Medical and sanitary report on the native army of Bombay for the year
Year: 1878
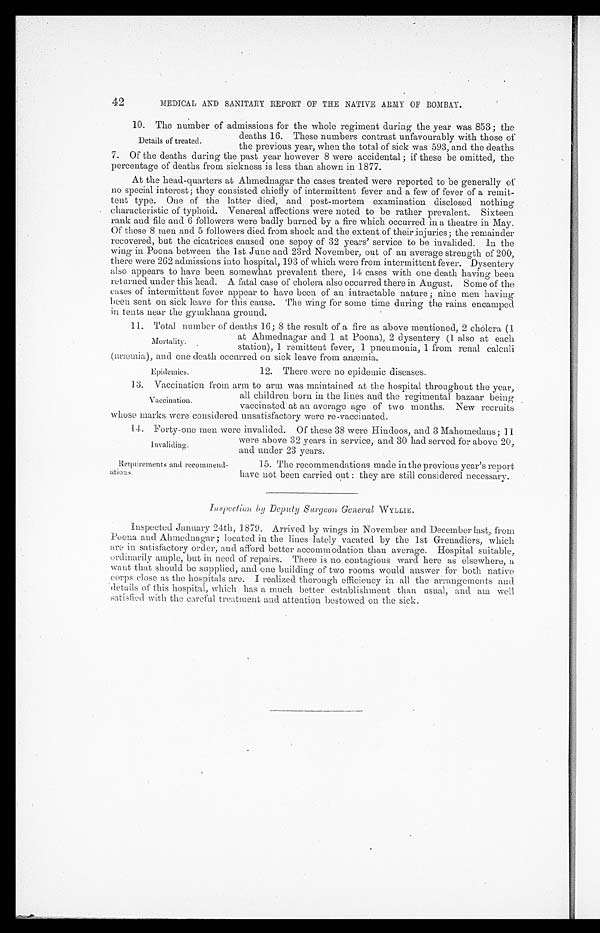
Requirements and recommendations.
42
MEDICAL AND SANITARY REPORT OF THE NATIVE ARMY OF BOMBAY.
10.
The number of admissions for the whole regiment during the year was 853; the
deaths 16. These numbers contrast unfavourably with those of
the previous year, when the total of sick was 593, and the deaths
7. Of the deaths during the past year however 8 were accidental; if these be omitted, the
percentage of deaths from sickness is less than shown in 1877.
At the head-quarters at Ahmednagar the cases treated were reported to be generally of
no special interest; they consisted chiefly of intermittent fever and a few of fever of a remit-
tent type. One of the latter died, and post-mortem examination disclosed nothing
characteristic of typhoid. Venereal affections were noted to be rather prevalent. Sixteen
rank and file and 6 followers were badly burned by a fire which occurred in a theatre in May.
Of these 8 men and 5 followers died from shock and the extent of their injuries; the remainder
recovered, but the cicatrices caused one sepoy of 32 years' service to be invalided. In the
wing in Poona between the 1st June and 23rd November, out of an average strength of 200,
there were 262 admissions into hospital, 193 of which were from intermittent fever. Dysentery
also appears to have been somewhat prevalent there, 14 cases with one death having been
returned under this head. A fatal case of cholera also occurred there in August. Some of the
cases of intermittent fever appear to have been of an intractable nature ; nine men having
been sent on sick leave for this cause. The wing for some time during the rains encamped
in tents near the gymkhana ground.
11.
Total number of deaths 16; 8 the result of a fire as above mentioned, 2 cholera (1
Details of treated.
Mortality.
at Ahmednagar and 1 at Poona), 2 dysentery (1 also at each
station), 1 remittent fever, 1 pneumonia, 1 from renal calculi
(uræmia), and one death occurred on sick leave from anæmia.
Epidemics.
12. There were no epidemic diseases.
13. Vaccination from arm to arm was maintained at the hospital throughout the year,
all children born in the lines and the regimental bazaar being
vaccinated at an average age of two months. New recruits
whose marks were considered unsatisfactory were re-vaccinated.
14. Forty-one men were invalided. Of these 38 were Hindoos, and 3 Mahomedans; 11
Vaccination.
were above 32 years in service, and 30 had served for above 20,
and under 23 years.
15. The recommendations made in the previous year ' s report
have not been carried out : they are still considered necessary.
Inspection by Deputy Surgeon General WYLLIE.
Inspected January 24th, 1879. Arrived by wings in November and December last, from
Poona and Ahmednagar ; located in the lines lately vacated by the 1st Grenadiers, which
are in satisfactory order, and afford better accommodation than average. Hospital suitable,
ordinarily ample, but in need of repairs. There is no contagious ward here as elsewhere, a
want that should be supplied, and one building of two rooms would answer for both native
corps close as the hospitals are. I realized thorough efficiency in all the arrangements and
details of this hospital, which has a much better establishment than usual, and am well
satisfied with the careful treatment and attention bestowed on the sick.